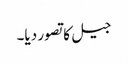
جیل کا تصور دیا۔